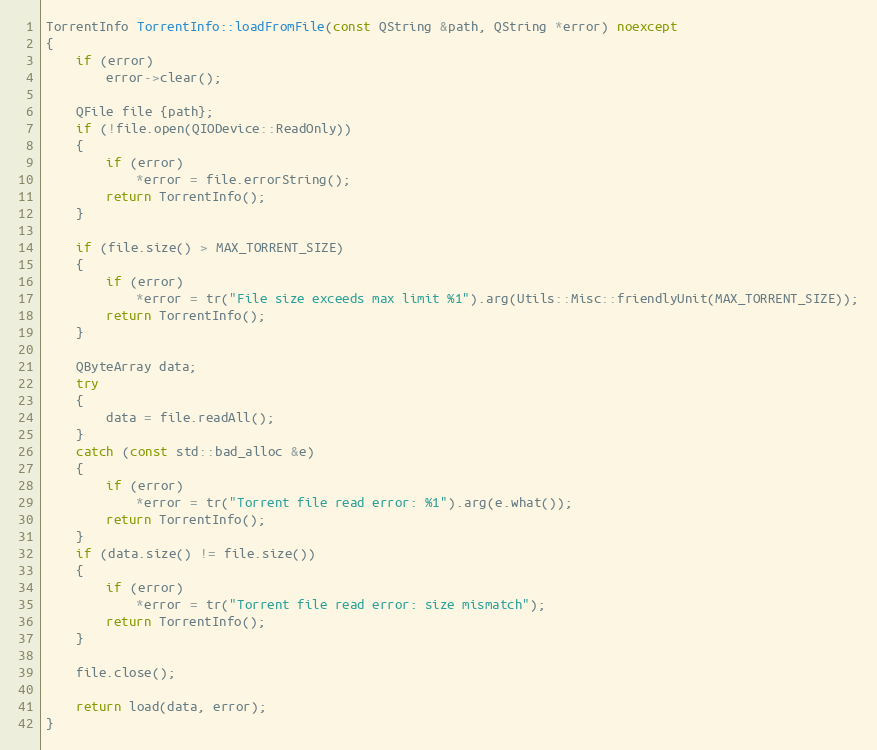
Language: C++
TorrentInfo TorrentInfo::loadFromFile(const QString &path, QString *error) noexcept
{
    if (error)
        error->clear();

    QFile file {path};
    if (!file.open(QIODevice::ReadOnly))
    {
        if (error)
            *error = file.errorString();
        return TorrentInfo();
    }

    if (file.size() > MAX_TORRENT_SIZE)
    {
        if (error)
            *error = tr("File size exceeds max limit %1").arg(Utils::Misc::friendlyUnit(MAX_TORRENT_SIZE));
        return TorrentInfo();
    }

    QByteArray data;
    try
    {
        data = file.readAll();
    }
    catch (const std::bad_alloc &e)
    {
        if (error)
            *error = tr("Torrent file read error: %1").arg(e.what());
        return TorrentInfo();
    }
    if (data.size() != file.size())
    {
        if (error)
            *error = tr("Torrent file read error: size mismatch");
        return TorrentInfo();
    }

    file.close();

    return load(data, error);
}